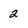
Character: 2